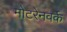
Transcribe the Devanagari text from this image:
मोटरेनवर्क